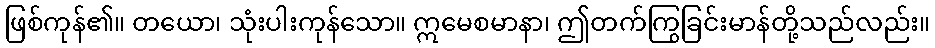
ဖြစ်ကုန်၏။ တယော၊ သုံးပါးကုန်သော။ ဣမေစမာနာ၊ ဤတက်ကြွခြင်းမာန်တို့သည်လည်း။